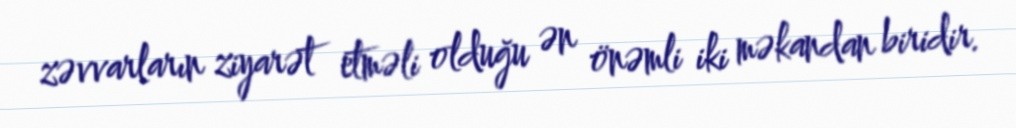
zəvvarların ziyarət etməli olduğu ən önəmli iki məkandan biridir.